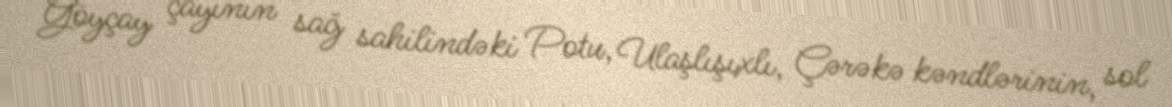
Göyçay çayının sağ sahilindəki Potu, Ulaşlışıxlı, Çərəkə kəndlərinin, sol